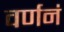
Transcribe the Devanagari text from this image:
वर्णनं